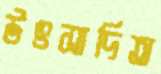
উৎসাদিত